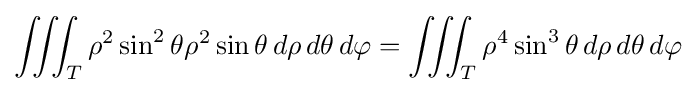
\iiint _{T}\rho ^{2}\sin ^{2}\theta \rho ^{2}\sin \theta \,d\rho \,d\theta \,d\varphi =\iiint _{T}\rho ^{4}\sin ^{3}\theta \,d\rho \,d\theta \,d\varphi